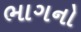
ભાગનો